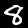
Label: 8